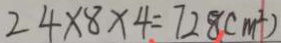
2 4 \times 8 \times 4 = 7 2 8 ( m ^ { 2 } )